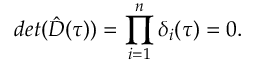
d e t ( \hat { D } ( \tau ) ) = \prod _ { i = 1 } ^ { n } \delta _ { i } ( \tau ) = 0 .